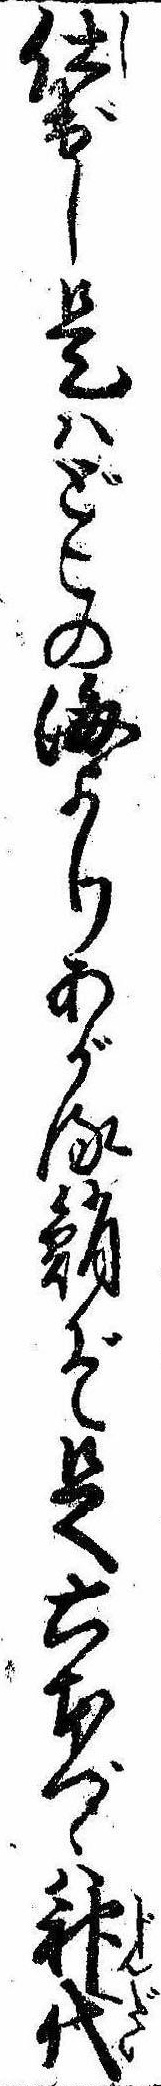
仕出し是はどこの海よりあがる鮹ぞ足六本づゝは神代